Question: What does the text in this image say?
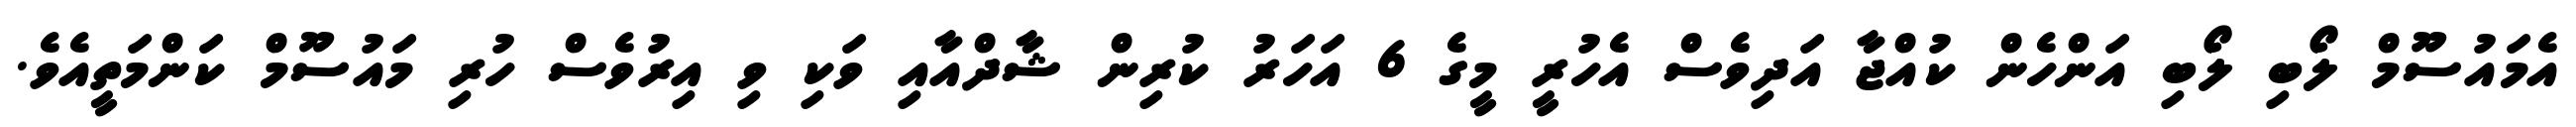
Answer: އެމައުސޫމް ލޯބި ލޯބި އަންހެން ކުއްޖާ އަދިވެސް އެހުރީ މީގެ 6 އަހަރު ކުރިން ޝާދްއާއި ވަކި ވި އިރުވެސް ހުރި މައުސޫމް ކަންމަތީއެވެ.